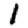
Digit: 1